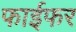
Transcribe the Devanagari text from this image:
फाईफर